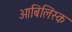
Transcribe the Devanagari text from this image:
ओबिलिस्क